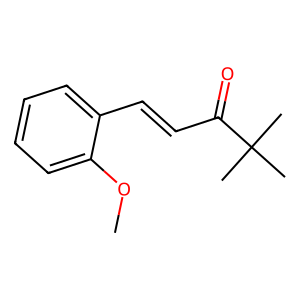
SMILES: COc1ccccc1C=CC(=O)C(C)(C)C
Inhibits HIV replication: No